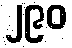
၂၉၀